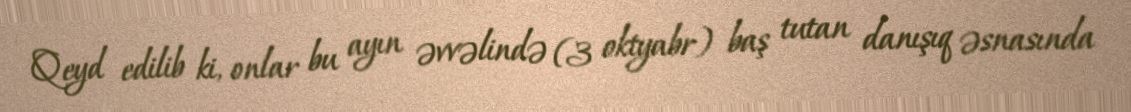
Qeyd edilib ki, onlar bu ayın əvvəlində (3 oktyabr) baş tutan danışıq əsnasında